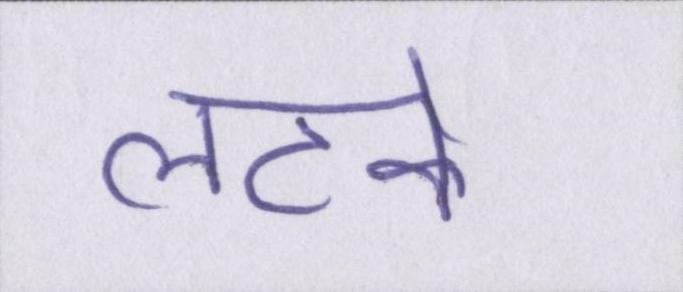
लटके